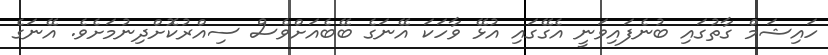
ހައިޝަމް ގާތުގައި ބުނެފައިވަނީ އެގޭގައި އުޅޭ ވާހަކަ އޭނަގެ ބޭބެއަށްވެސް ސިއްރުކޮށްދިނުމަށެވެ. އޭނަގެ